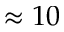
\approx 1 0